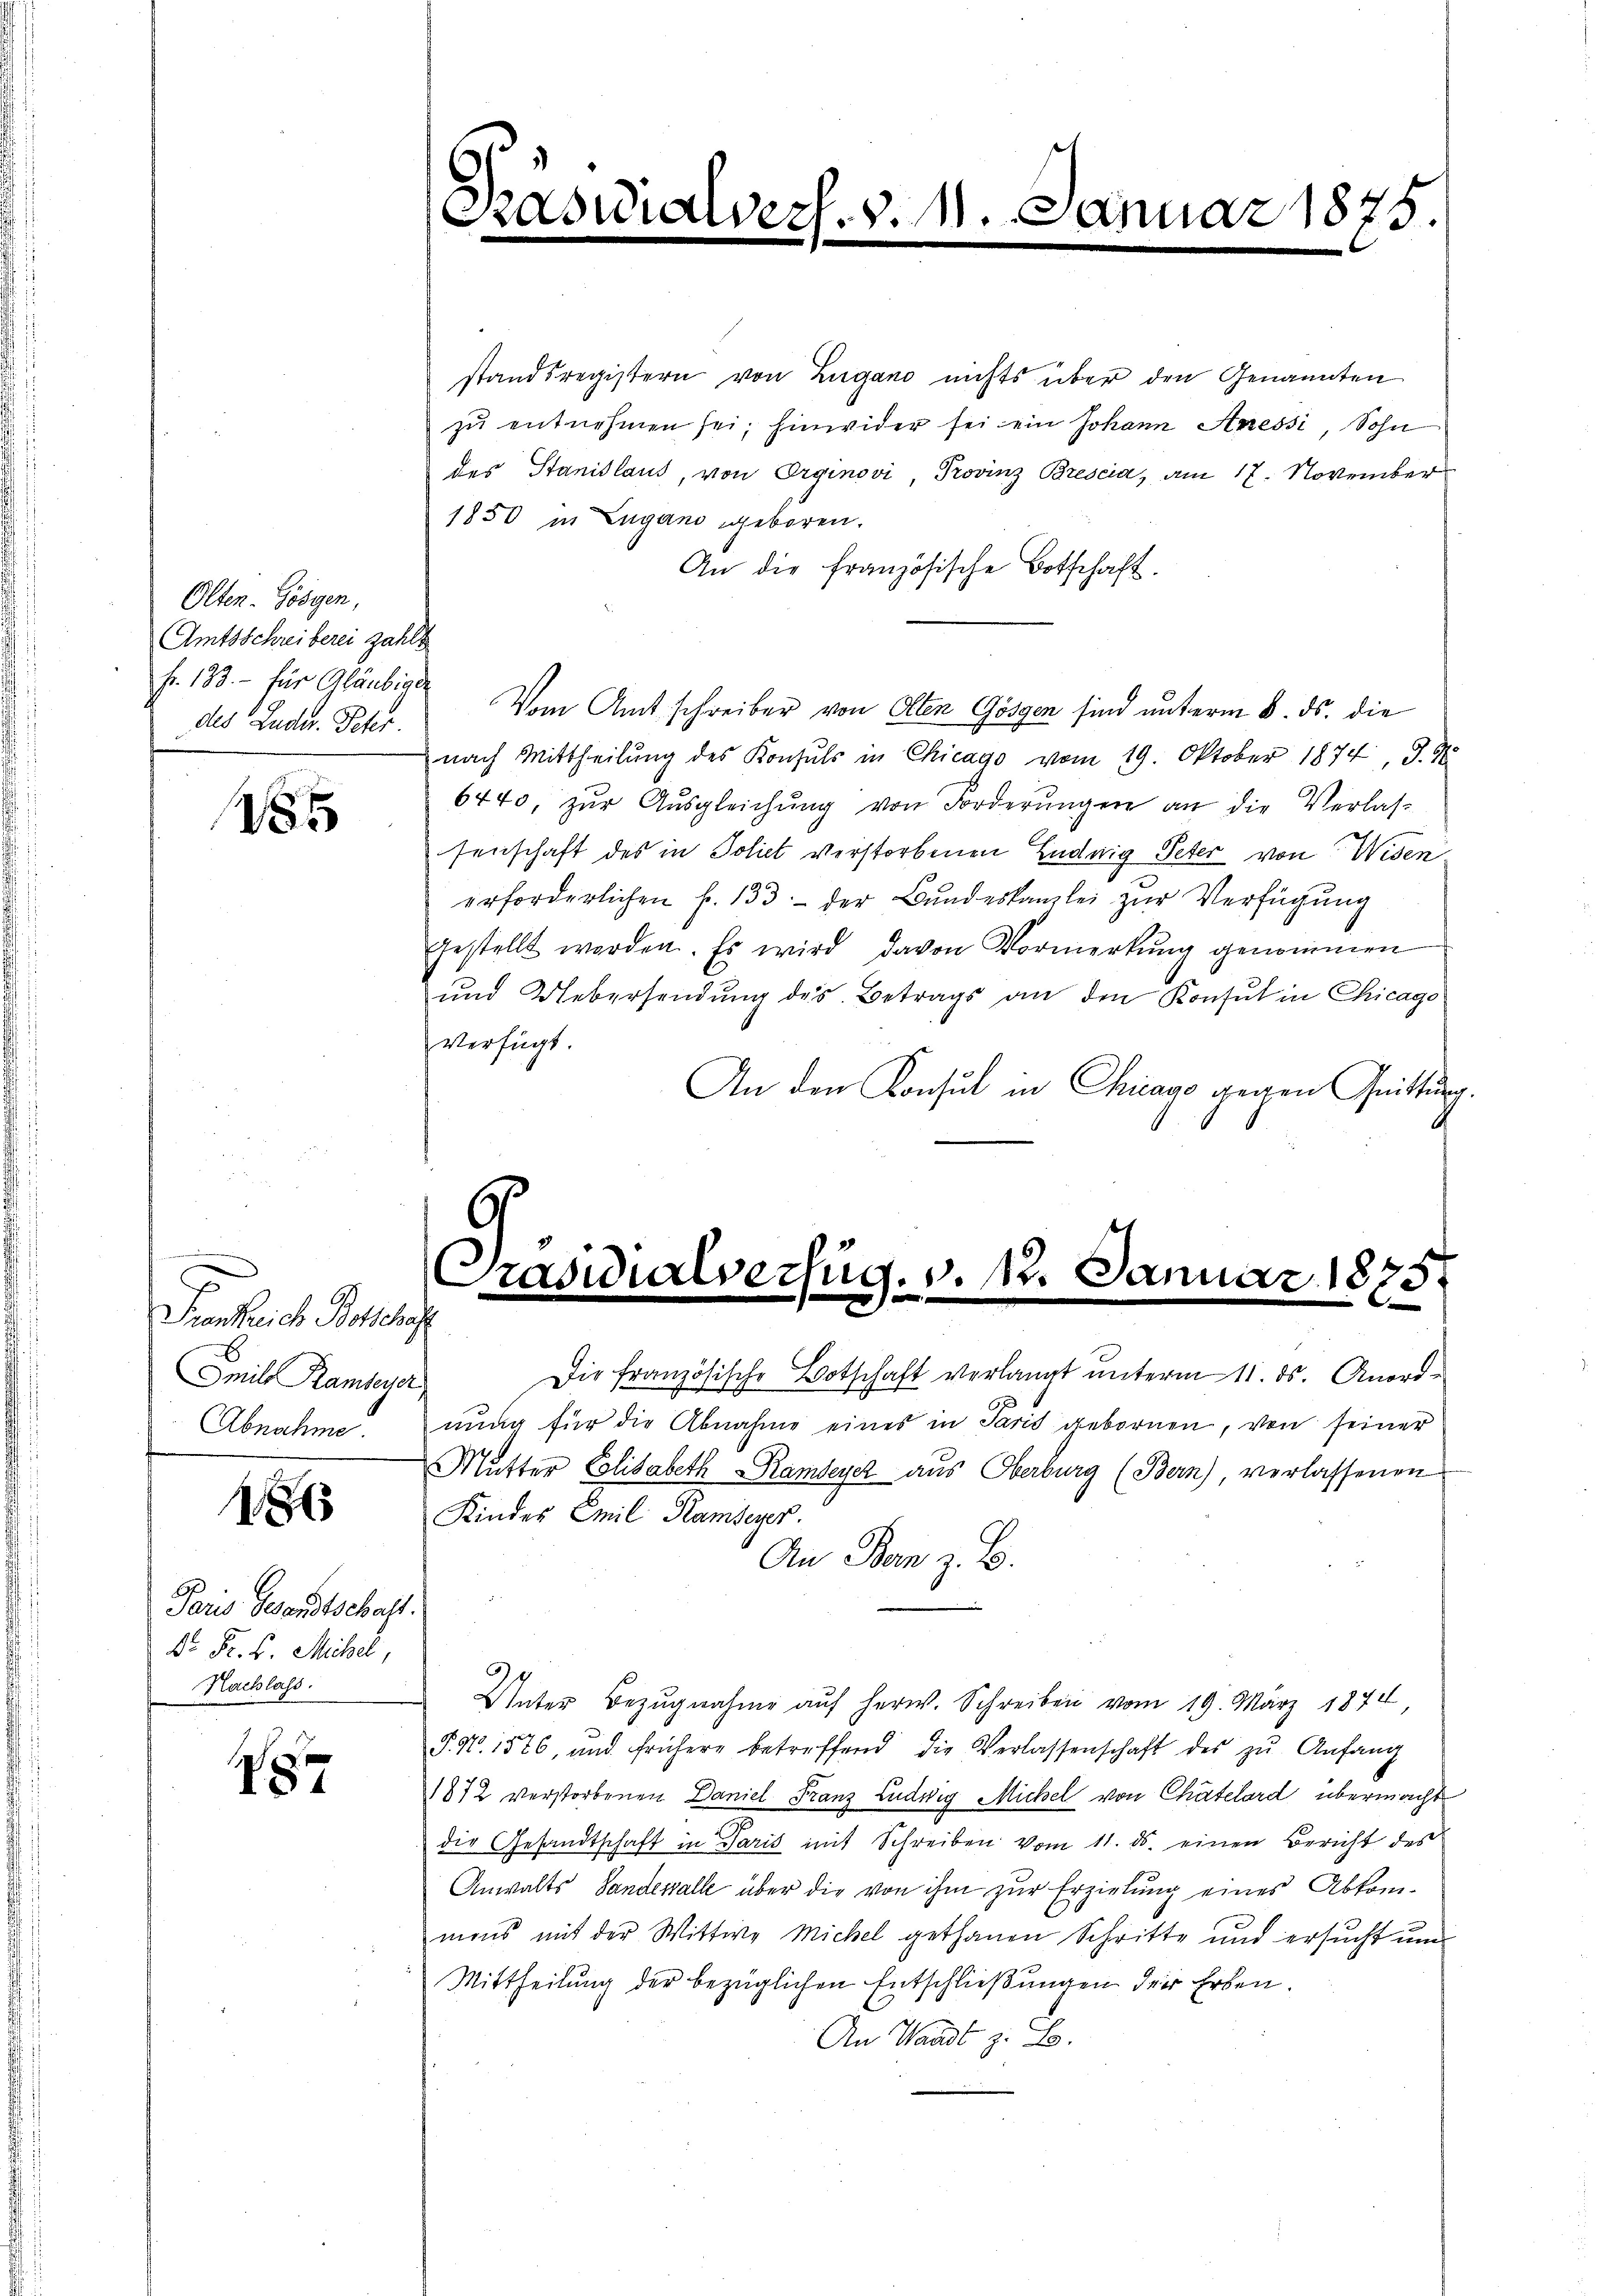
Olten. Hörgen,
Amtsschreiberei zahlt
fr. 133. - für Gläubige
des Ludu. Peter

1285

e
Frankreich Botschaft
Smil Rameyer
Abnahme.

1865

Paris Gesandtschaft.
Dr. Fr. k. Michel,
Nachlass

187

Die französische Botschaft verlangt unterm 11. ds. Anordnung für die Abnahme eines in Paris gebornen, von seiner
Mutter Elisabeth Rambeyer aus Oberburg (Bern) verlassenen
Kinder Emil Ramseyer.
An Bern z. B.
Unter Bezŭgnahme aŭf herw. Schreiben vom 19. März 1844
f. No. 1576, und frühere betreffend die Verlassenschaft des zŭ Anfang
1872 verstorbenen Daniel Franz Ludwig Michel von Chatelard übermacht
die Gesandtschaft in Paris mit Schreiben vom 11. ds. einen Bericht des
Anwalts Sandesalle über die von ihm zur Erzielung eines Abkom-
mens mit der Wittwe Michel gethanen Schritte und ersucht um
Mittheilung der bezüglichen Entschließungen der Erben.
An Waadt z. B.

d

ech. d. M. Januar 1875

standsregistern von Zugano nichts über den Genannten
zu entnehmen sei; hinwider sei ein Johann Aressi, Sohn
des Stanislaus, von Orginovi Provinz Brescia, am 17. November
1850 in Lugano geboren.
An die französische Botschaft.
Vom Amtschreiber von Olten Gösgen sind unterm 8. ds. die
nach Mittheilung des Konsuls in Chicago vom 19. Oktober 1874, 9. N
6440, zŭr Aŭsgleichŭng von Forderungen an die Verlas-
senschaft des in Soliet verstorbenen Luduig Peter von Widen
erforderlichen f. 133. - der Bundeskanzlei zur Verfügung
gestellt werden. Es wird davon Vormerkung genommen
und Uebersendung des Betrags an den Konsul in Chicago
verfügt.
An den Konsul in Chicago gegen Quittung.

.
Präsidialverfug. v. 12. Januar 1875